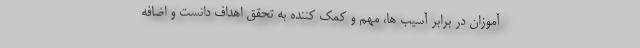
آموزان در برابر آسیب ها، مهم و کمک کننده به تحقق اهداف دانست و اضافه